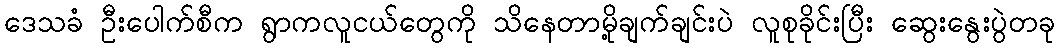
ဒေသခံ ဦးပေါက်စီက ရွာကလူငယ်တွေကို သိနေတာမို့ချက်ချင်းပဲ လူစုခိုင်းပြီး ဆွေးနွေးပွဲတခု